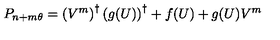
P _ { n + m \theta } = \left( V ^ { m } \right) ^ { \dagger } \left( { g } ( U ) \right) ^ { \dagger } + f ( U ) + g ( U ) V ^ { m }